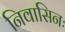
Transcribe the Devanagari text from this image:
निवासिनः